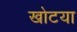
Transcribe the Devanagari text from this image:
खोटया